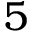
5